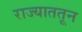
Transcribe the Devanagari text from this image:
राज्याततून